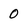
Character: 0